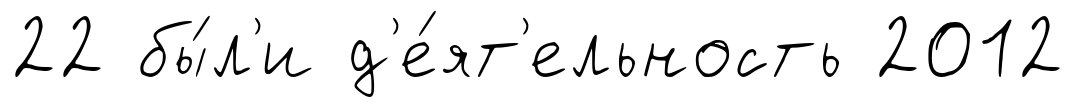
22 бы́л'и д'е́ят'ельность 2012